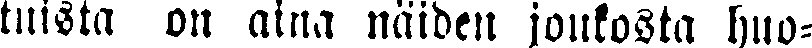
tuista on aina näiden joukosta huo-